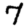
Digit: 7